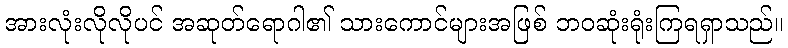
အားလုံးလိုလိုပင် အဆုတ်ရောဂါ၏ သားကောင်များအဖြစ် ဘဝဆုံးရုံးကြရရှာသည်။